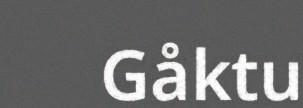
Gåktu